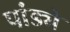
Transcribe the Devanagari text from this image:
पांड्ये